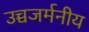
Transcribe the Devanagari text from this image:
उच्चजर्मनीय